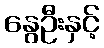
နွေဦးနှင့်